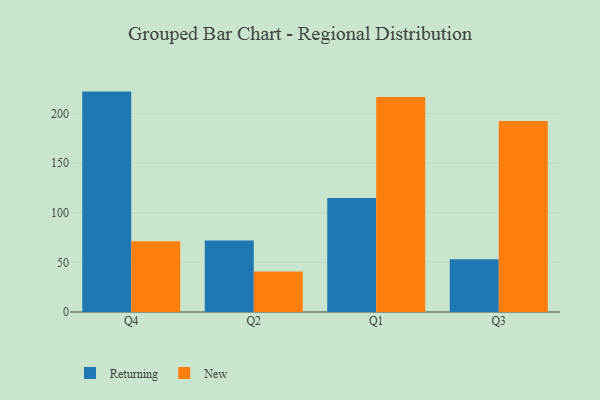
{"axis": {"x": "Quarter", "y": "Inventory Turnover"}, "legend": ["New", "Returning"], "data": [{"x": "Q4", "y": 221.9, "type": "Returning"}, {"x": "Q4", "y": 71.2, "type": "New"}, {"x": "Q2", "y": 71.9, "type": "Returning"}, {"x": "Q2", "y": 40.8, "type": "New"}, {"x": "Q1", "y": 114.9, "type": "Returning"}, {"x": "Q1", "y": 216.5, "type": "New"}, {"x": "Q3", "y": 53.1, "type": "Returning"}, {"x": "Q3", "y": 192.2, "type": "New"}]}